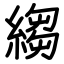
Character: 縐